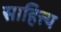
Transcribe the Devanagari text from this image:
साहित्त्य